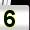
Digit: 5